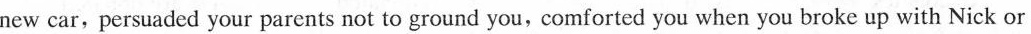
new car,persuaded your parents not to ground you,comforted you when you broke up with Nick or